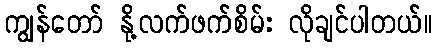
ကျွန်တော် နို့လက်ဖက်စိမ်း လိုချင်ပါတယ်။